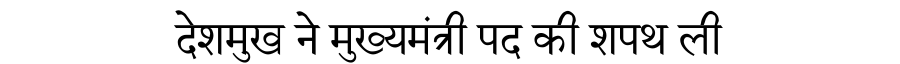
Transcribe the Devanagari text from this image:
देशमुख ने मुख्यमंत्री पद की शपथ ली